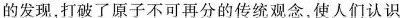
的发现，打破了原子不可再分的传统观念，使人们认识